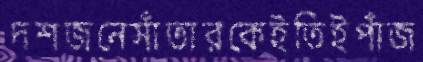
দশজনেসাঁতারকেইতিইপাঁজ